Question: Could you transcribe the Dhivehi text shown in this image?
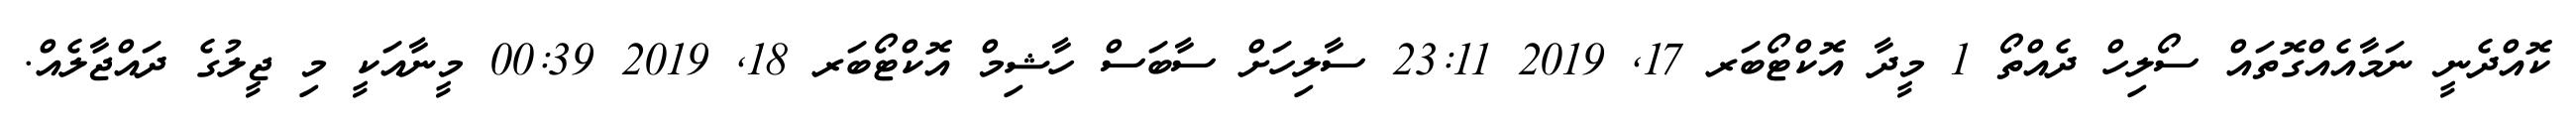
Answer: ކޮއްދެނީ ނަމާއެއްގޮތައް ސޯލިހް ދެއްތޯ 1 މީދާ އޮކްޓޯބަރ 17, 2019 23:11 ސާލިހަށް ސާބަސް ހާޝިމް އޮކްޓޯބަރ 18, 2019 00:39 މީނާއަކީ މި ޖީލުގެ ދައްޖާލެއް.